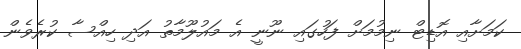
ކަމަށާއި އޮޑިޓް ނިމުމަށް ފަހުގައި ނޫނީ އެ މައުލޫމާތު އަދި ހިއްސާ ކުރެވެން